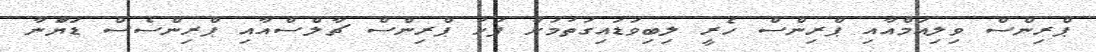
ޕްރިންސް ވިލިއަމްއާއި ޕްރިންސް ހެރީ ލިބިވަޑައިގަތުމަށް ފަހު ޕްރިންސް ޗާލްސްއާއި ޕްރިންސެސް ޑަޔަާނާ